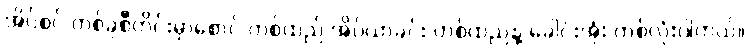
အိပ်စင် တစ်ခုစီတိုင်းမှာစောင် တစ်ထည် အိပ်ယာခင်း တစ်ထည်နဲ့ ခေါင်းအုံး တစ်လုံးပါတယ်။